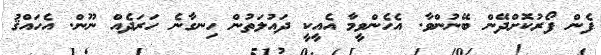
ފެން ފޯރުކޮށްދޭން ބޭނުންވާ. އެހެންވީމާ އެއީކީ ދައުލަތުން ހިނގާނެ ހަރަދެއް ނޫން. އެހައްޤު